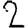
Digit: 2